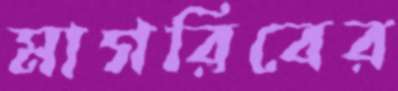
মাগরিবের